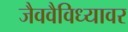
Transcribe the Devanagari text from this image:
जैववैविध्यावर